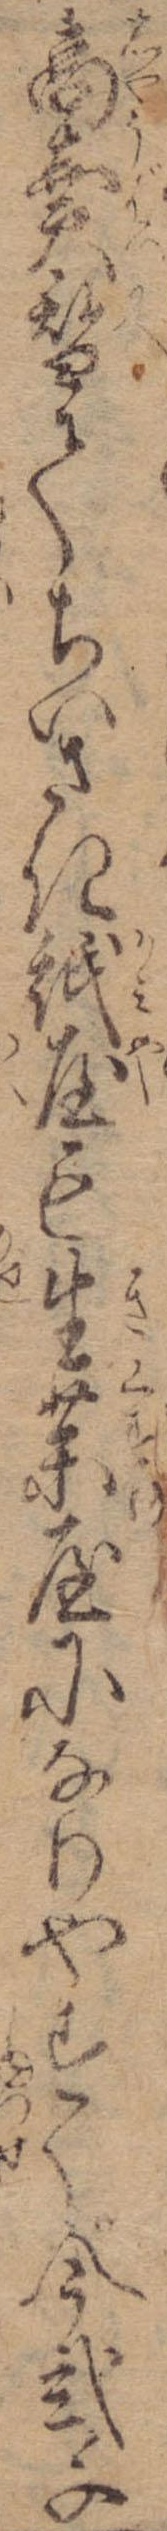
商売替てちいさき紙屋も生薬屋になりやすく今弐千